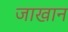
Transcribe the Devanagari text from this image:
जाखान